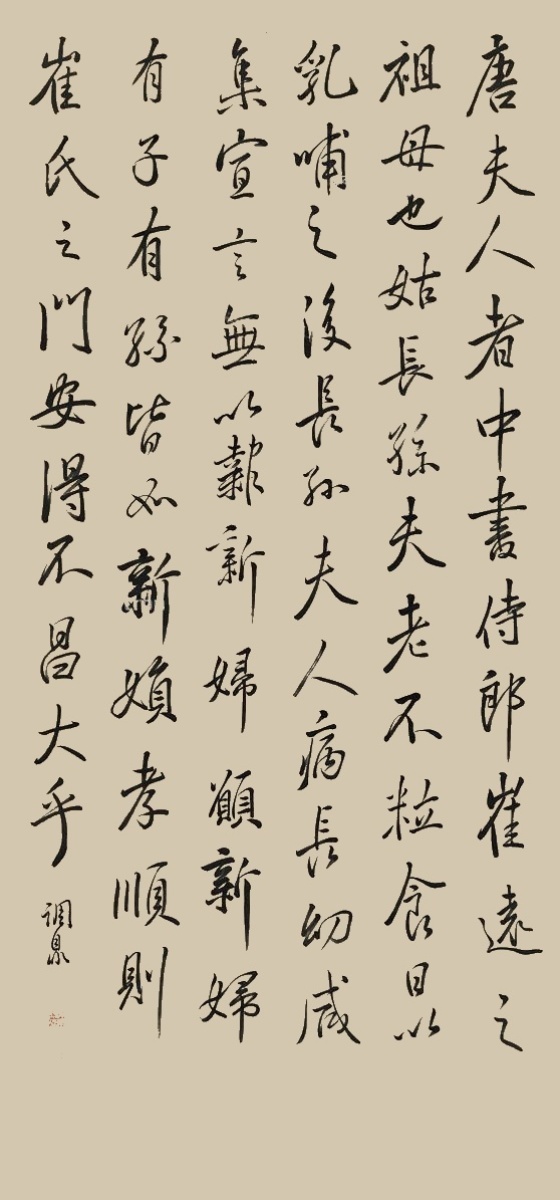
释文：唐夫人者，中书侍郎崔远之祖母也。姑长孙夫老不粒食，曰以乳哺之，后长孙夫人病，长幼咸集，宣言无以报新妇，愿新妇有子有孙皆如新妇孝顺，则崔氏之门安得不昌大乎。调鼎。